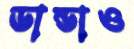
ডান্ডাও